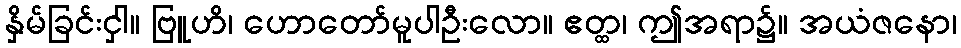
နှိမ်ခြင်းငှါ။ ဗြူဟိ၊ ဟောတော်မူပါဦးလော။ ဧတ္ထ၊ ဤအရာ၌။ အယံဇနော၊